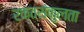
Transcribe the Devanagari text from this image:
रक्तसंकुलता